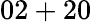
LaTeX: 02+20